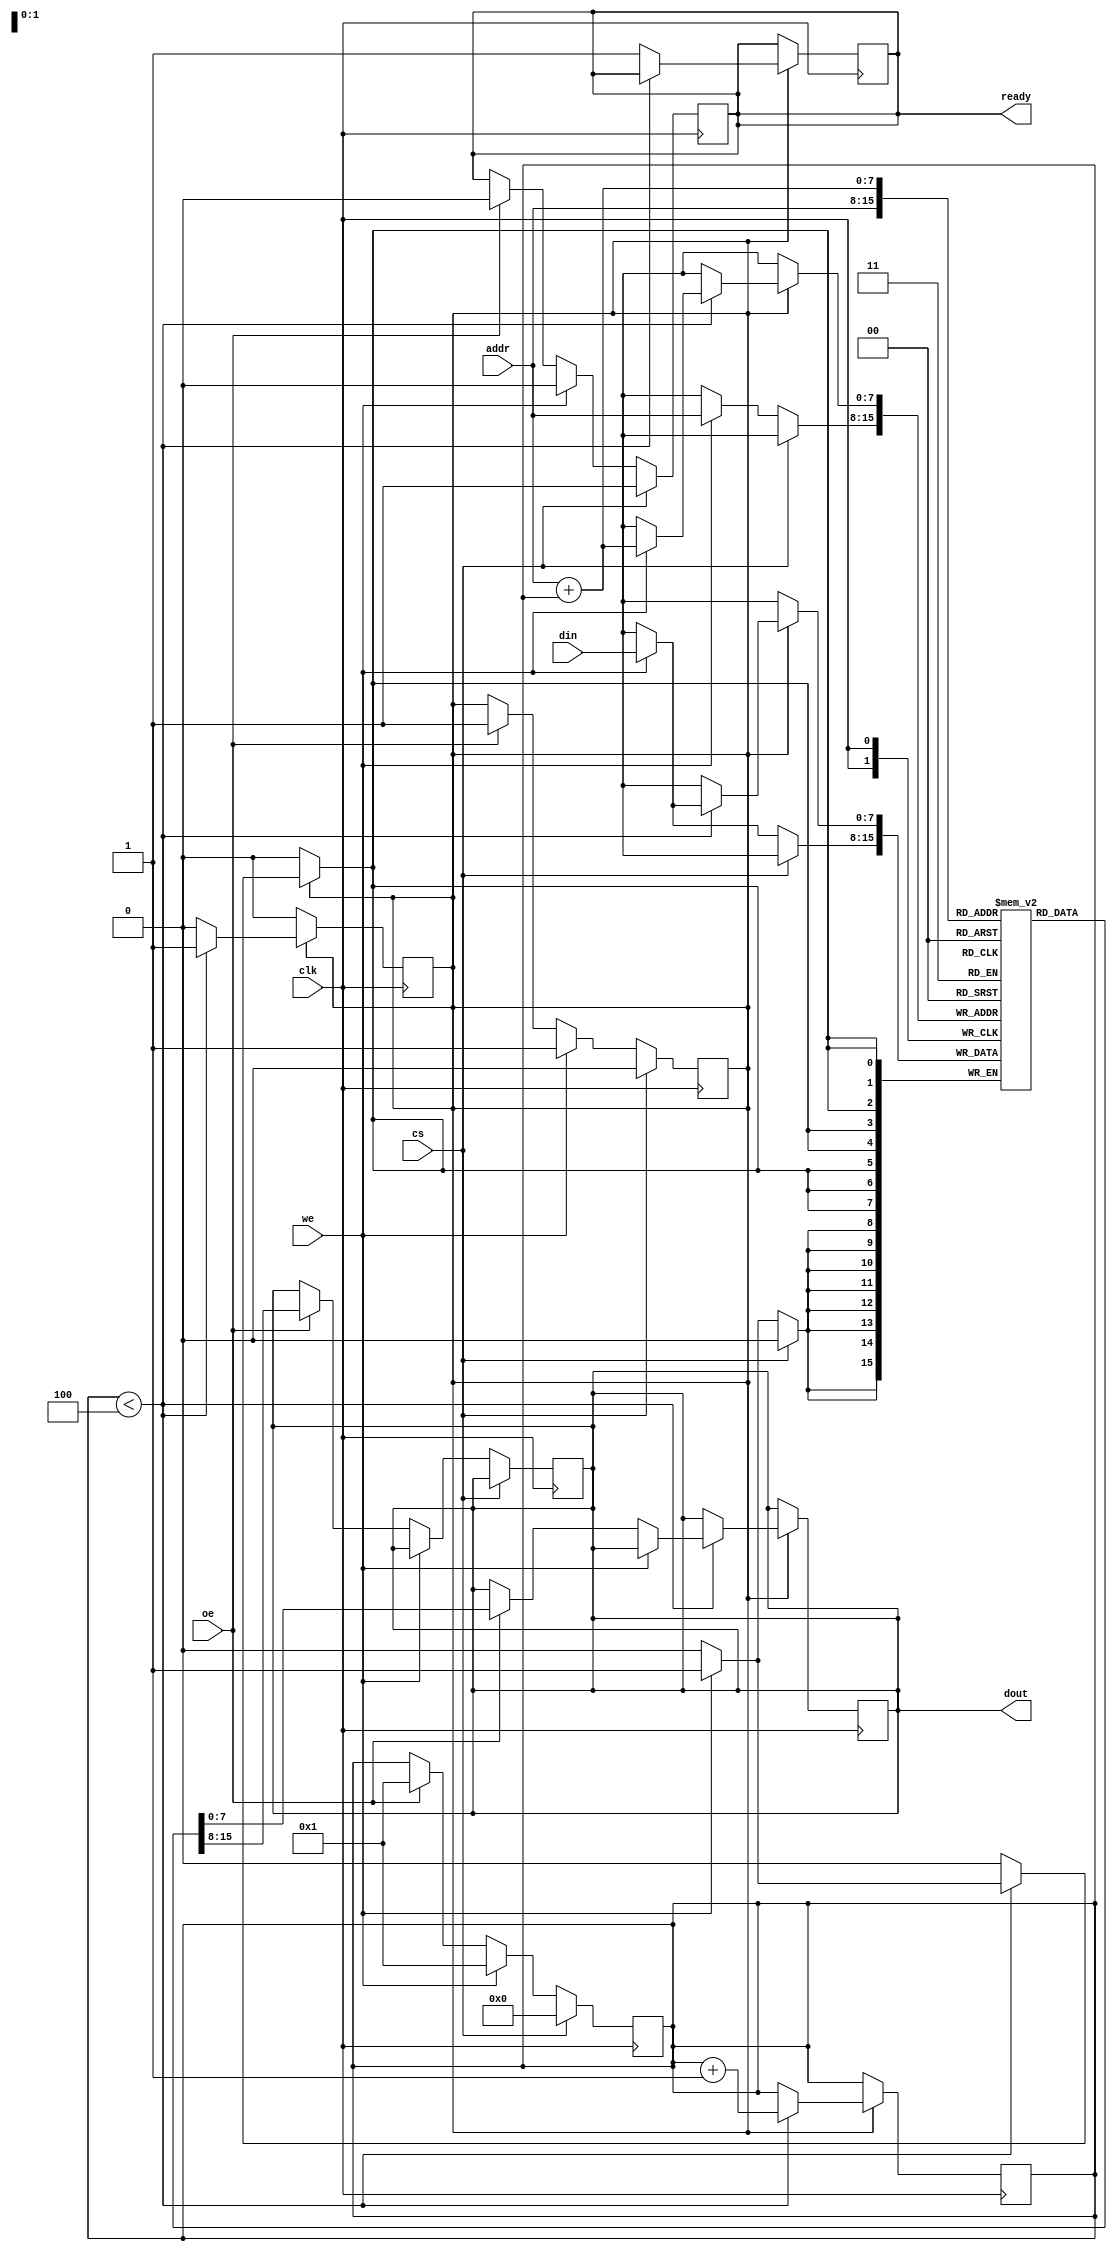
module burst_sram #(
    parameter ADDR_WIDTH = 8, // Address width (8 bits for 256 rows)
    parameter DATA_WIDTH = 8,  // Data width (8 bits, configurable)
    parameter BURST_LENGTH = 4  // Configurable burst length
)(
    input wire clk,               // Clock signal
    input wire cs,                // Chip Select
    input wire we,                // Write Enable
    input wire oe,                // Output Enable
    input wire [ADDR_WIDTH-1:0] addr, // Address input
    input wire [DATA_WIDTH-1:0] din,   // Data input
    output reg [DATA_WIDTH-1:0] dout,   // Data output
    output reg ready              // Ready signal for burst operation
);

    // Memory array: 256 x 256 bits (for simplicity, using 256 x 8 bits)
    reg [DATA_WIDTH-1:0] memory [0:255]; // 256 locations, each 8 bits

    // Burst operation state
    reg [3:0] burst_counter;
    reg burst_active;

    // Initial setup
    initial begin
        ready = 1'b1; // Initially ready
        burst_counter = 0;
        burst_active = 1'b0;
    end

    // Read/Write operations
    always @(posedge clk) begin
        if (!cs) begin // If chip is selected
            if (we) begin // Write operation
                memory[addr] <= din; // Write data to memory
                ready <= 1'b0; // Not ready until operation completes
                burst_active <= 1'b1; // Start burst operation
                burst_counter <= 1; // Start counter
            end else if (oe) begin // Read operation
                dout <= memory[addr]; // Read data from memory
                ready <= 1'b0; // Not ready until operation completes
                burst_active <= 1'b1; // Start burst operation
                burst_counter <= 1; // Start counter
            end
        end else begin
            // Reset burst operation when chip is deselected
            burst_active <= 1'b0;
            burst_counter <= 0;
            ready <= 1'b1; // Ready when chip is deselected
        end
    end

    // Burst operation handling
    always @(posedge clk) begin
        if (burst_active) begin
            if (burst_counter < BURST_LENGTH) begin
                // Handle burst read/write for subsequent addresses
                if (we) begin
                    memory[addr + burst_counter] <= din; // Write burst data
                end else if (oe) begin
                    dout <= memory[addr + burst_counter]; // Read burst data
                end
                burst_counter <= burst_counter + 1; // Increment burst counter
            end else begin
                burst_active <= 1'b0; // End burst operation
                ready <= 1'b1; // Mark ready after burst operation
            end
        end
    end

endmodule